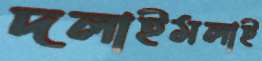
দলাইমলাই